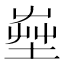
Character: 𡴠